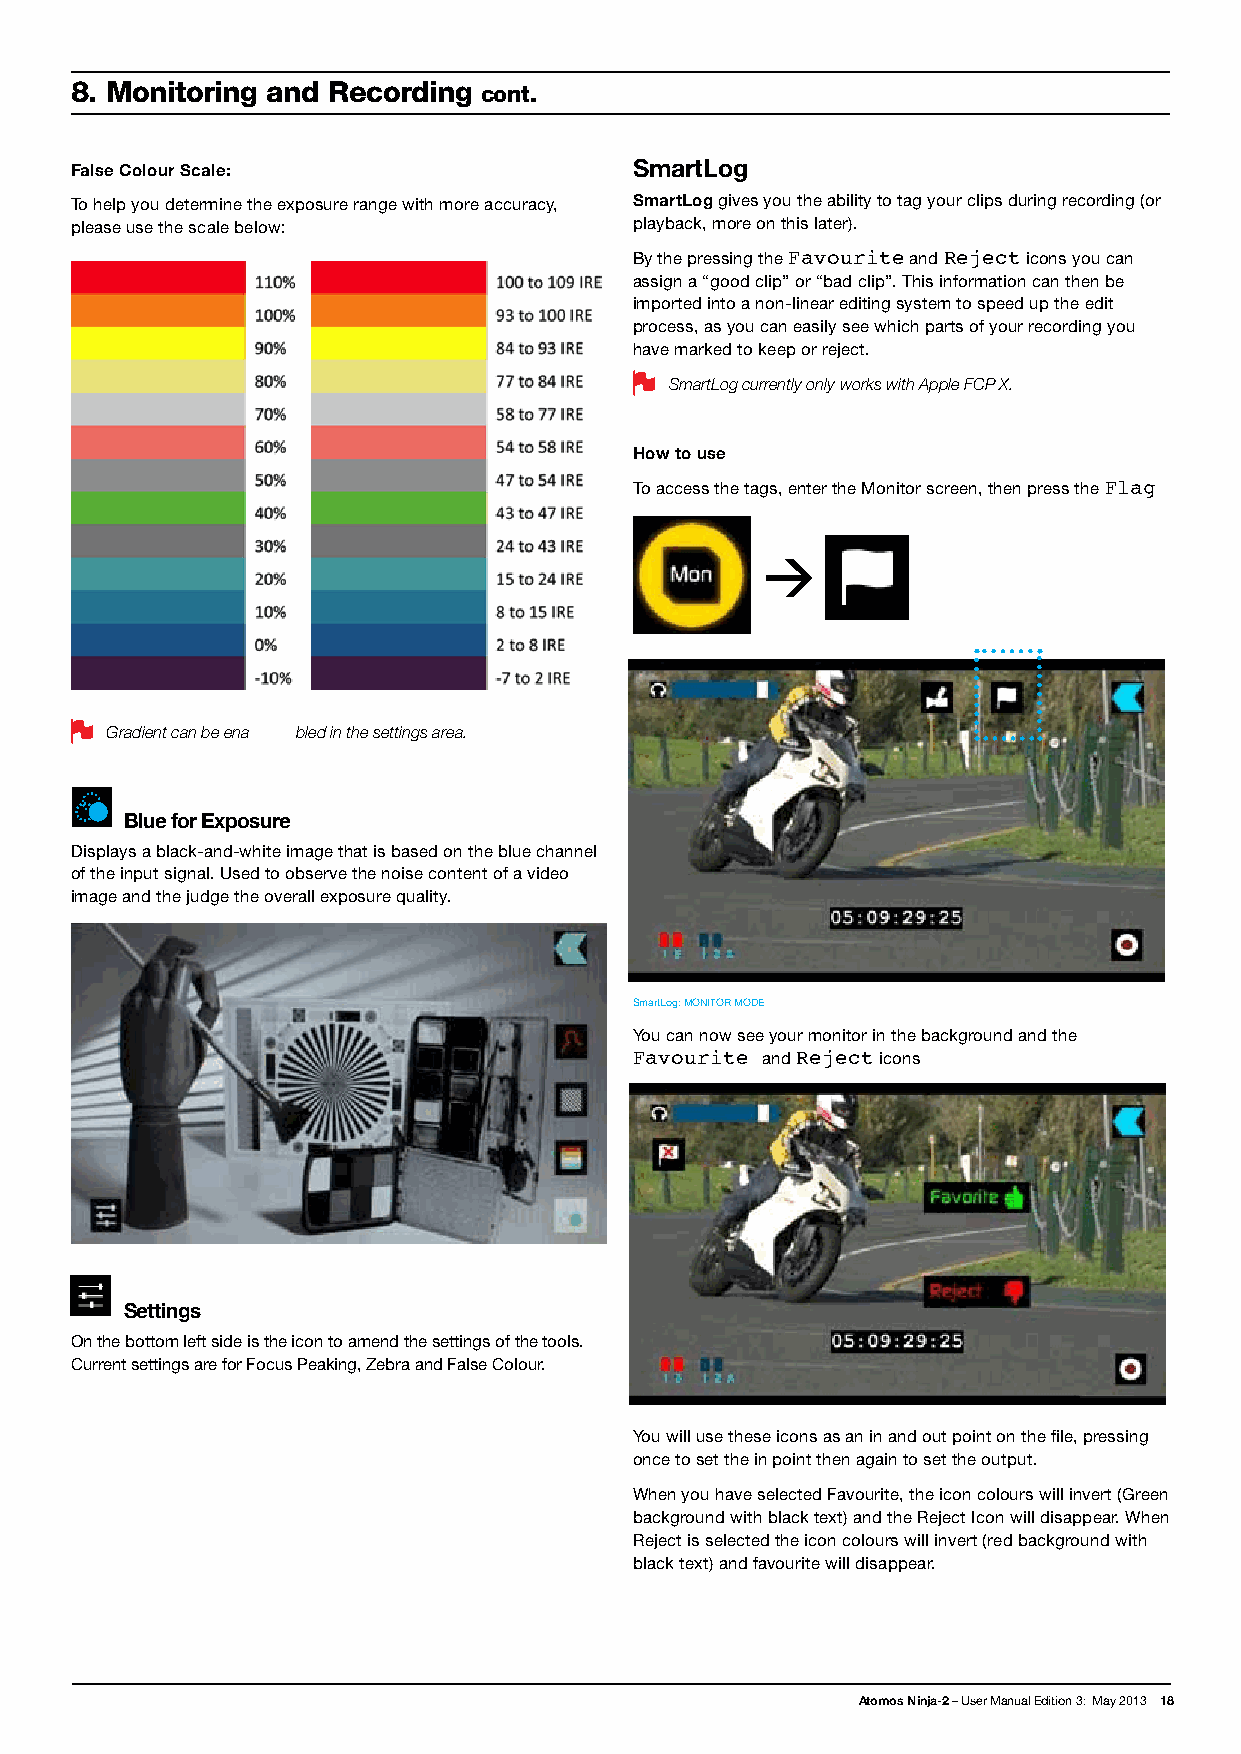
8. Monitoring and Recording cont.
 False Colour Scale:                  SmartLog
 To help you determine the exposure range with more accuracy, SmartLog gives you the ability to tag your clips during recording (or
 please use the scale below:          playback, more on this later).
 By the pressing the Favourite and Reject icons you can
 assign a “good clip” or “bad clip”. This information can then be
 imported into a non-linear editing system to speed up the edit
 process, as you can easily see which parts of your recording you
 have marked to keep or reject.
 SmartLog currently only works with Apple FCP X.
 How to use
 To access the tags, enter the Monitor screen, then press the Flag
 Gradient can be ena bled in the settings area.
 Blue for Exposure
 Displays a black-and-white image that is based on the blue channel
 of the input signal. Used to observe the noise content of a video
 image and the judge the overall exposure quality.
 SmartLog: MONITOR MODE
 You can now see your monitor in the background and the
 Favourite and Reject icons
 Settings
 On the bottom left side is the icon to amend the settings of the tools.
 Current settings are for Focus Peaking, Zebra and False Colour.
 You will use these icons as an in and out point on the file, pressing
 once to set the in point then again to set the output.
 When you have selected Favourite, the icon colours will invert (Green
 background with black text) and the Reject Icon will disappear. When
 Reject is selected the icon colours will invert (red background with
 black text) and favourite will disappear.
 Atomos Ninja-2 – User Manual Edition 3: May 2013 18